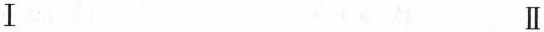
Ⅰ Ⅱ